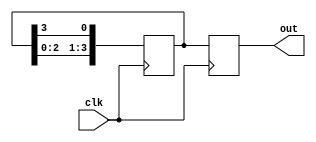
module ring_counter (

input wire clk,
output reg [N-1:0] out

);

parameter N = 4; // number of flip-flops in the ring counter

reg [N-1:0] state;

always @ (posedge clk)
begin
state <= {state[N-2:0], state[N-1]}; // shift the bits in the ring
out <= state;
end

endmodule